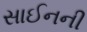
સાઈનની